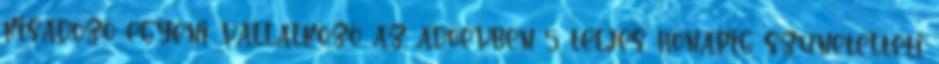
kisadózó egyéni vállalkozó az adóévben 5 teljes hónapig szünetelteti